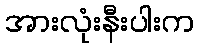
အားလုံးနီးပါးက